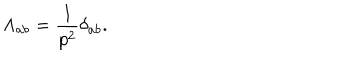
LaTeX: \Lambda _ { a b } = \frac { 1 } { p ^ { 2 } } \delta _ { a b } .